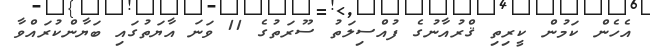
އެހެން ކަމުން ކީރިތި ޤްރުއާނުގެ ފުއްސިލަތު ސޫރަތުގެ 11 ވަނަ އާޔަތުގައި ބަޔާންކުރައްވާ